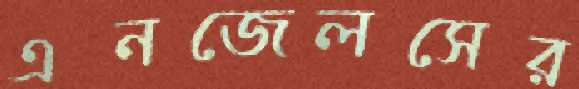
এনজেলসের